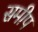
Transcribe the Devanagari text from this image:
समीप